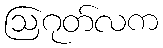
ဩဂုတ်လက